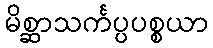
မိစ္ဆာသင်္ကပ္ပပစ္စယာ